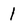
Character: 1